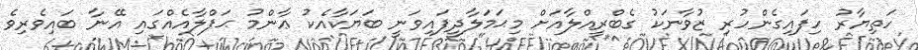
ހަތިޔާރު ހިފައިގެންހުރި ޒުވާނަކު ގެބްރީއްލާއަށް މިޙަމަލާދީފައިވަނީ ބަޔަކާއެކު ޢާންމު ޙަފްލާއެއްގައި އޭނާ ބައިވެރިވެ